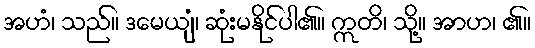
အဟံ၊ သည်။ ဒမေယျံ၊ ဆုံးမနိုင်ပါ၏။ ဣတိ၊ သို့။ အာဟ၊ ၏။